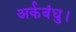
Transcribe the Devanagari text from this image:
अर्कबंधु।